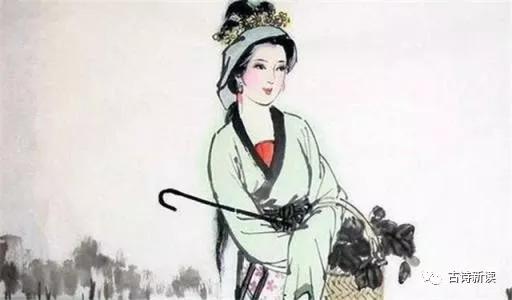
日出东南隅，照我秦氏楼。